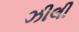
ઝીલી